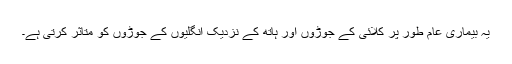
یہ بیماری عام طور پر کلائی کے جوڑوں اور ہاتھ کے نزدیک انگلیوں کے جوڑوں کو متاثر کرتی ہے۔